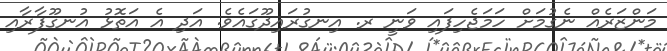
މަންޒަރެއް ނެގުމަށް ހަމަޖެހިފައި ވަނީ ރ. އިނގުރައިދޫގައެވެ. އަދި އެ އަތޮޅު އުނގޫފާރާއި